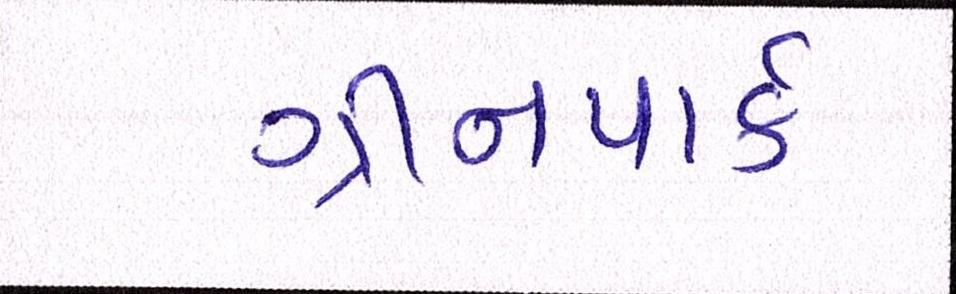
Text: ગ્રીનપાર્ક